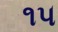
૧૫